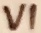
Text: VI